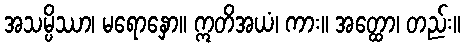
အသမ္ပိဿာ၊ မရောနှော။ ဣတိအယံ၊ ကား။ အတ္ထော၊ တည်း။